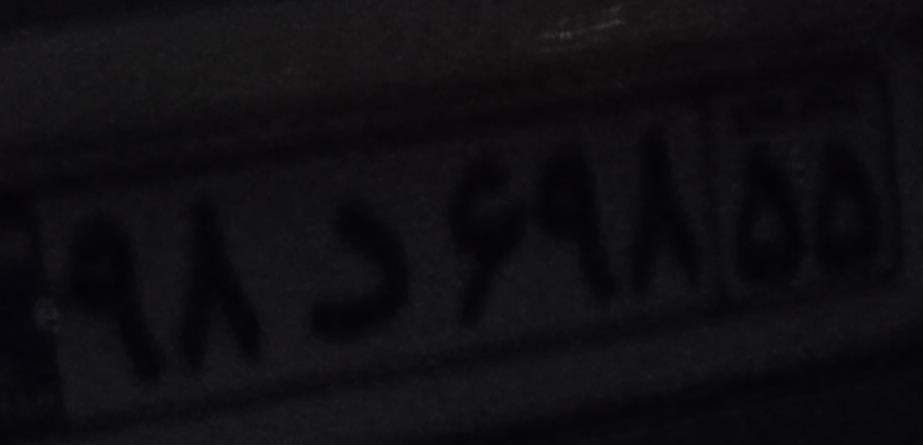
۹۸د۶۹۸۵۵